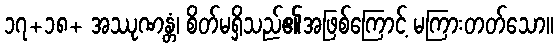
၁၇+၁၈+ အဿုဏန္တံ၊ စိတ်မရှိသည်၏အဖြစ်ကြောင့် မကြားတတ်သော။